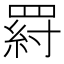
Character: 𦋝